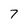
Character: 7